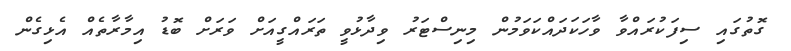
ގޮތުގައި ސިފަކުރައްވާ ވާހަކަދައްކަވަމުން މިނިސްޓަރު ވިދާޅުުވީ ތަރައްގީއަށް ވަރަށް ބޮޑު އިމާރާތެއް އެޅިގެން